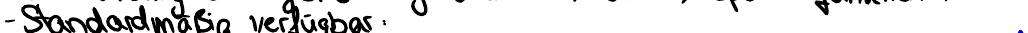
- Standardmäßig verfügbar: